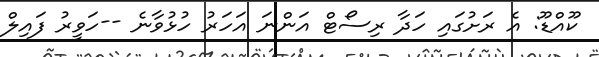
ކޫއްޑޫ: އެ ރަށުގައި ހަދާ ރިސޯޓް އަންނަ އަހަރު ހުޅުވާނެ --ހަވީރު ފައިލް